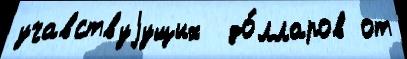
учавствуjущих  до́лларов от